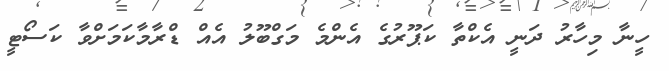
ހީނާ މިހާރު ދަނީ އެކްތާ ކަޕޫރުގެ އެންމެ މަގްބޫލު އެއް ޑްރާމާކަމަށްވާ ކަސޯޓީ